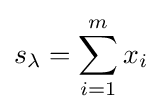
s_{\lambda }=\sum _{i=1}^{m}x_{i}